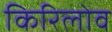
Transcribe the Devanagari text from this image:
किरिलोव